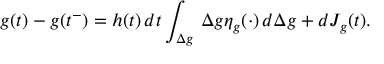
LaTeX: g ( t ) - g ( t ^ { - } ) = h ( t ) \, d t \int _ { \Delta g } \, \Delta g \eta _ { g } ( \cdot ) \, d \Delta g + d J _ { g } ( t ) .